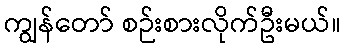
ကျွန်တော် စဉ်းစားလိုက်ဦးမယ်။